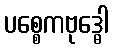
ပစ္စေကဗုဒ္ဓေါ